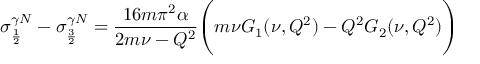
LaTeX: \sigma _ { \frac { 1 } { 2 } } ^ { \gamma N } - \sigma _ { \frac { 3 } { 2 } } ^ { \gamma N } = { \frac { 1 6 m \pi ^ { 2 } \alpha } { 2 m \nu - Q ^ { 2 } } } \Biggl ( m \nu G _ { 1 } ( \nu , Q ^ { 2 } ) - Q ^ { 2 } G _ { 2 } ( \nu , Q ^ { 2 } ) \Biggr )